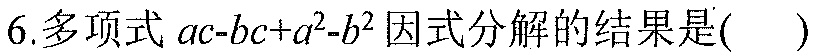
6. 多项式 \(ac - bc + a^{2}-b^{2}\) 因式分解的结果是( )